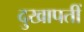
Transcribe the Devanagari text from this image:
दुखापतीं